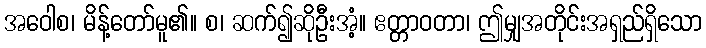
အဝေါစ၊ မိန့်တော်မူ၏။ စ၊ ဆက်၍ဆိုဦးအံ့။ ဧတ္တာဝတာ၊ ဤမျှအတိုင်းအရှည်ရှိသော